Senior Leaving Certificate Examination (including Day School Certificate (Higher) General paper), 1948
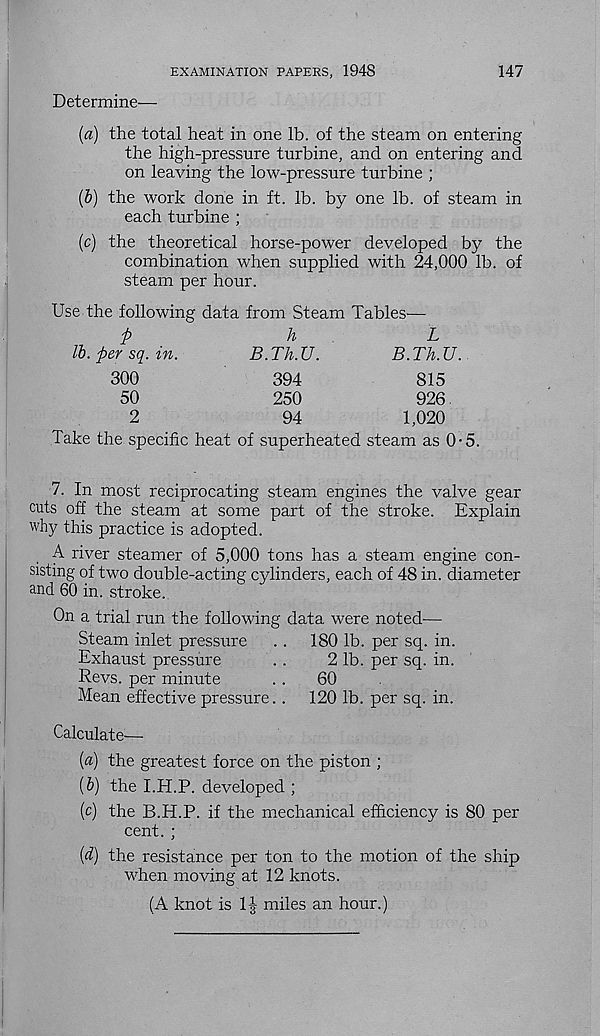
EXAMINATION PAPERS, 1948
147
Determine—
(a) the total heat in one lb. of the steam on entering
the high-pressure turbine, and on entering and
on leaving the low-pressure turbine ;
(b) the work done in ft. lb. by one lb. of steam in
each turbine ;
(c) the theoretical horse-power developed by the
combination when supplied with 24,000 lb. of
steam per hour.
Use the following data from Steam Tables—
p
h
L
lb. per sq. in.
B.Th.U.
B.Th.U.
300
394
815
50
250
926.
2
94
1,020
Take the specific heat of superheated steam as 0-5.
7. In most reciprocating steam engines the valve gear
cuts off the steam at some part of the stroke. Explain
why this practice is adopted.
A river steamer of 5,000 tons has a steam engine con-
sisting of two double-acting cylinders, each of 48 in. diameter
and 60 in. stroke.
On a trial run the following data were noted—
Steam inlet pressure
.. 180 lb. per sq. in.
Exhaust pressure
. .
2 lb. per sq. in.
Revs, per minute
..
60
Mean effective pressure..
120 lb. per sq. in.
Calculate—
[а) the greatest force on the piston ;
(б) the I.H.P. developed ;
(c) the B.H.P. if the mechanical efficiency is 80 per
cent. ;
[d] the resistance per ton to the motion of the ship
when moving at 12 knots.
(A knot is 1\ miles an hour.)